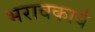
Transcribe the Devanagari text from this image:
भरावकार्य